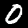
Label: 0